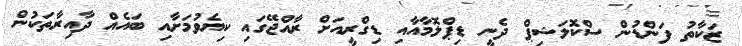
ޒަކާތު ފަންޑުން ސްކޮލަޝިޕް ދެނީ ޑިޕްލޮމާއާއި ޑިގްރީއަށް ރާއްޖޭގައި ކިޔެވުމަށާއި ބައެއް ދާއިރާތަކުން